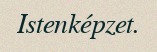
Istenképzet.